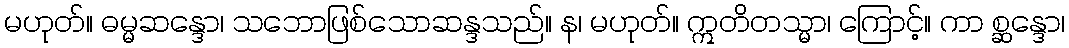
မဟုတ်။ ဓမ္မဆန္ဒော၊ သဘောဖြစ်သောဆန္ဒသည်။ န၊ မဟုတ်။ ဣတိတသ္မာ၊ ကြောင့်။ ကာ စ္ဆန္ဒော၊